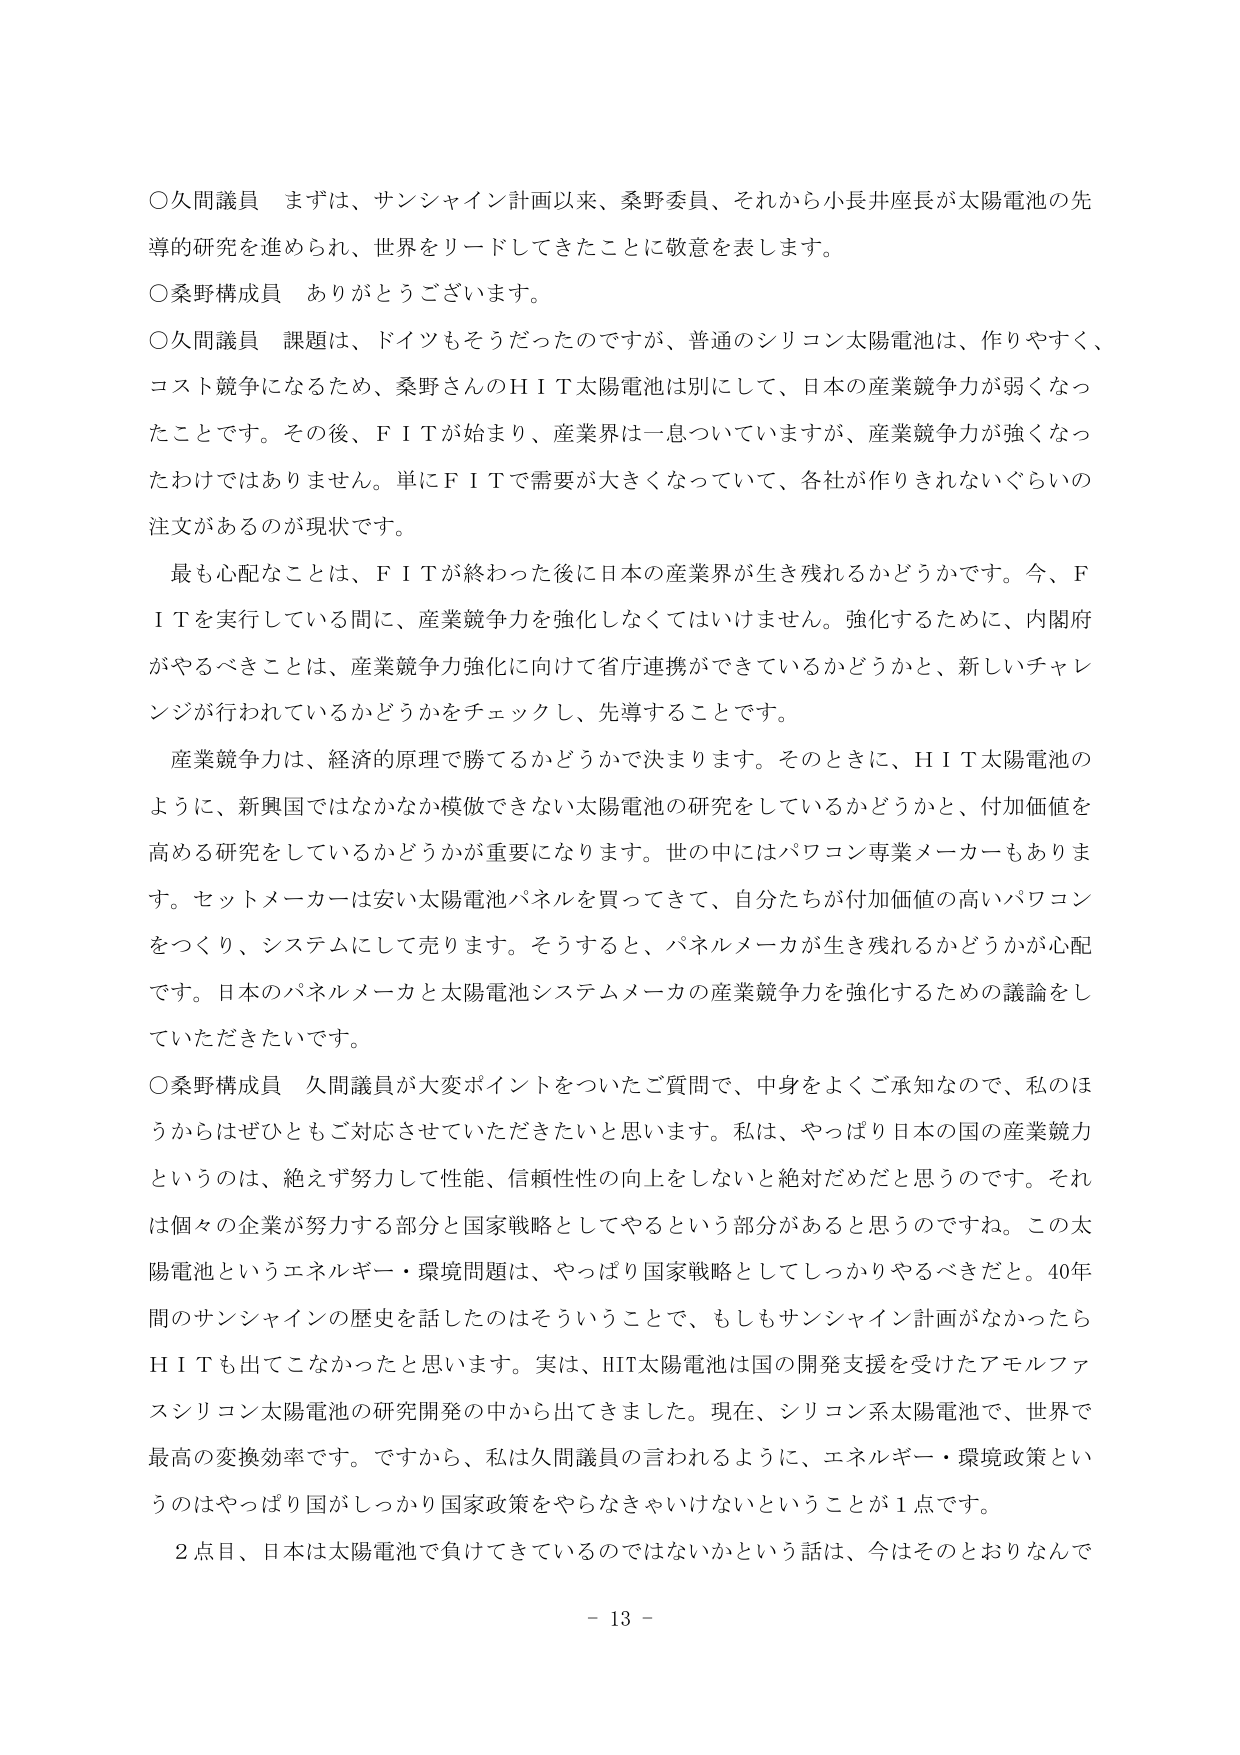
○久間議員　まずは、サンシャイン計画以来、桑野委員、それから小長井座長が太陽電池の先導的研究を進められ、世界をリードしてきたことに敬意を表します。

○桑野構成員　ありがとうございます。

○久間議員　課題は、ドイツもそうだったのですが、普通のシリコン太陽電池は、作りやすく、コスト競争になるため、桑野さんのＨＩＴ太陽電池は別にして、日本の産業競争力が弱くなったことです。その後、ＦＩＴが始まり、産業界は一息ついていますが、産業競争力が強くなったわけではありません。単にＦＩＴで需要が大きくなっていて、各社が作りきれないぐらいの注文があるのが現状です。

　最も心配なことは、ＦＩＴが終わった後に日本の産業界が生き残れるかどうかです。今、ＦＩＴを実行している間に、産業競争力を強化しなくてはいけません。強化するために、内閣府がやるべきことは、産業競争力強化に向けて省庁連携ができているかどうかと、新しいチャレンジが行われているかどうかをチェックし、先導することです。

　産業競争力は、経済的原理で勝てるかどうかで決まります。そのときに、ＨＩＴ太陽電池のように、新興国ではなかなか模倣できない太陽電池の研究をしているかどうかと、付加価値を高める研究をしているかどうかが重要になります。世の中にはパソコン専業メーカーもあります。セットメーカーは安い太陽電池パネルを買ってきて、自分たちが付加価値の高いパソコンをつくり、システムにして売ります。そうすると、パネルメーカーが生き残れるかどうかが心配です。日本のパネルメーカーと太陽電池システムメーカーの産業競争力を強化するための議論をしていただきたいです。

○桑野構成員　久間議員が大変ポイントをついたご質問で、中身をよくご承知なので、私のほうからもぜひともご対応させていただきたいと思います。私は、やっぱり日本の国の産業競力というのは、絶えず努力して性能、信頼性の向上をしないと絶対だめだと思うのです。それは個々の企業が努力する部分と国家戦略としてやるという部分があると思うのですね。この太陽電池というエネルギー・環境問題は、やっぱり国家戦略としてしっかりやるべきだと。40年間のサンシャインの歴史を話したのはそういうことで、もしもサンシャイン計画がなかったらＨＩＴも出てこなかったと思います。実は、HIT太陽電池は国の開発支援を受けたアモルファスシリコン太陽電池の研究開発の中から出てきました。現在、シリコン系太陽電池で、世界で最高の変換効率です。ですから、私は久間議員の言われるように、エネルギー・環境政策というのはやっぱり国がしっかり国家政策をやらなきゃいけないということが1点です。

　2点目、日本は太陽電池で負けてきているのではないかという話は、今はそのとおりなんで

－ 13 －